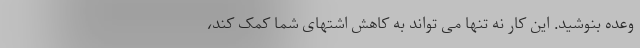
وعده بنوشید. این کار نه تنها می تواند به کاهش اشتهای شما کمک کند،